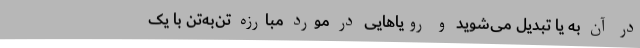
در آن به یا تبدیل می‌شوید و رویاهایی در مورد مبارزه تن‌به‌تن با یک